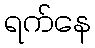
ရက်နေ